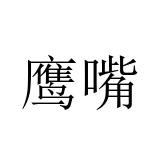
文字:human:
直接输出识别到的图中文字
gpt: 鹰嘴